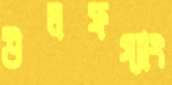
উলফগ্যাং